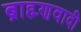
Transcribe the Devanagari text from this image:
ब्राह्म्णवादी